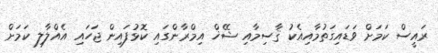
ރައީސް ކަމަށް ވަޑައިގަތުމާއިއެކު ޤާސިމާއި ޝޭޚް އިމްރާންގައި ކޮޅުފައިން ޖަހައި އެއްލާލި ކަމަށް